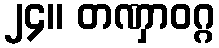
၂၄။ တဏှာဝဂ္ဂ